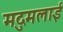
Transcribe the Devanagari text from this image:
मदुमलाई